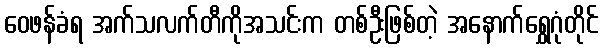
ဝေဖန်ခံရ အက်သလက်တီကိုအသင်းက တစ်ဦးဖြစ်တဲ့ အနောက်ရွှေဂုံတိုင်